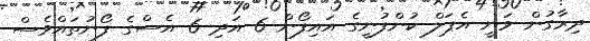
ދިރާގުން ވަނީ އެޕަލް ކުންފުނީގެ އައިފޯން 6 އަދި 6 އެސްގެ ފޯނުތައްވެސް